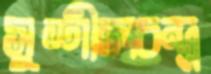
সুশীলচন্দ্র